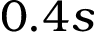
0 . 4 s